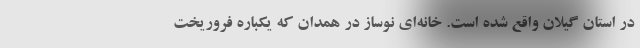
در استان گیلان واقع شده است. خانه‌ای نوساز در همدان که یکباره فروریخت